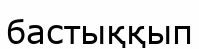
бастыққып